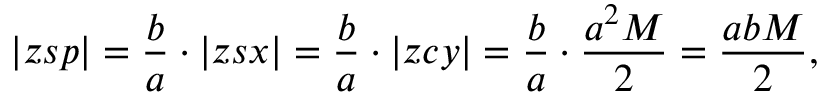
| z s p | = { \frac { b } { a } } \cdot | z s x | = { \frac { b } { a } } \cdot | z c y | = { \frac { b } { a } } \cdot { \frac { a ^ { 2 } M } { 2 } } = { \frac { a b M } { 2 } } ,